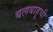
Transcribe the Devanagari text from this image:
बलबाहूची